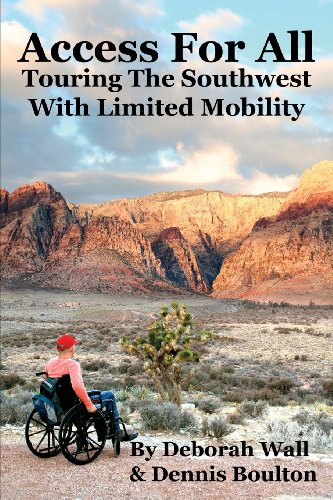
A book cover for Access for All: Touring the Southwest with Limited Mobility; Deborah Wall; Travel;